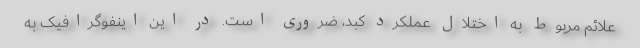
علائم مربوط به اختلال عملکرد کبد، ضروری است. در این اینفوگرافیک به